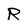
Character: R